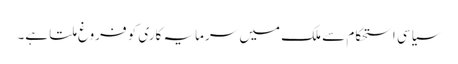
سیاسی استحکام سے ملک میں سرمایہ کاری کو فروغ ملتا ہے۔